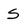
Character: s